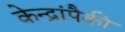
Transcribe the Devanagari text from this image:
केन्द्रांपैकी